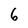
Character: 6